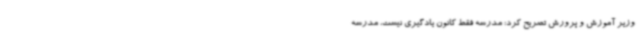
وزیر آموزش و پرورش تصریح کرد: مدرسه فقط کانون یادگیری نیست، مدرسه